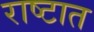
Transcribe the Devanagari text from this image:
राष्टात